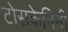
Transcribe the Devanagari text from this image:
टोसकेनिनी